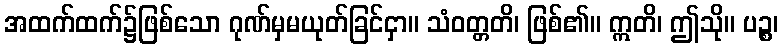
အထက်ထက်၌ဖြစ်သော ဂုဏ်မှမယုတ်ခြင်ငှာ။ သံဝတ္တတိ၊ ဖြစ်၏။ ဣတိ၊ ဤသို။ ပဉ္စ၊